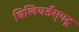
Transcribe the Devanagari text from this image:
बिलियर्डस्‌पटू